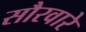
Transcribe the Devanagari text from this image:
सौरवारे